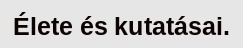
Élete és kutatásai.